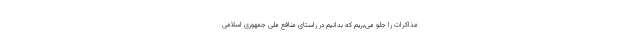
مذاکرات را جلو می‌بریم که بدانیم در راستای منافع ملی جمهوری اسلامی